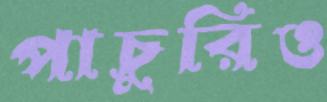
পাচুরিও